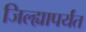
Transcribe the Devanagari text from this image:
जिल्ह्यापर्यंत